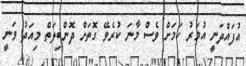
އުފައްދަނީ އުމަރު ކަމަށް ވެސް މާނަ ކުރެވޭ ގޮތަށް ދޮންބިލަތް މިއަދު ވަނީ